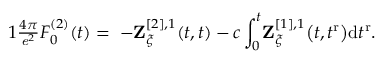
\begin{array} { r } { { 1 } \frac { 4 \pi } { \mathit { e } ^ { 2 } } \boldsymbol { { F } } _ { 0 } ^ { ( 2 ) } ( t ) = \; - { \mathbf { Z } } _ { \boldsymbol { \xi } } ^ { [ 2 ] , 1 } ( t , t ) - c \displaystyle \int _ { 0 } ^ { t } \! { \mathbf { Z } } _ { \boldsymbol { \xi } } ^ { [ 1 ] , 1 } \big ( t , t ^ { \mathrm { \tiny { r } } } \big ) \mathrm { d } { t ^ { \mathrm { \tiny { r } } } } . } \end{array}